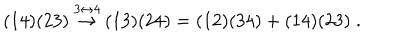
( 1 4 ) ( 2 3 ) \ { \stackrel { 3 \leftrightarrow 4 } { \rightarrow } } \ ( 1 3 ) ( 2 4 ) = ( 1 2 ) ( 3 4 ) + ( 1 4 ) ( 2 3 ) \; .